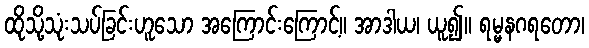
ထိုသို့သုံးသပ်ခြင်းဟူသော အကြောင်းကြောင့်။ အာဒါယ၊ ယူ၍။ ရမ္မနဂရတော၊